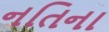
નતિના